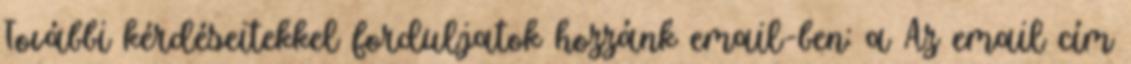
További kérdéseitekkel forduljatok hozzánk email-ben: a Az email cím